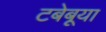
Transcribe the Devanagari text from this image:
टबेबूया